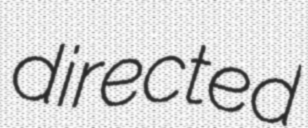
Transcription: directed